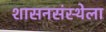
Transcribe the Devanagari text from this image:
शासनसंस्थेला